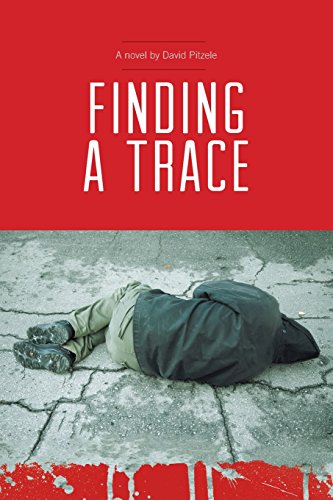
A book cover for Finding a Trace; David Pitzele; Mystery, Thriller & Suspense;